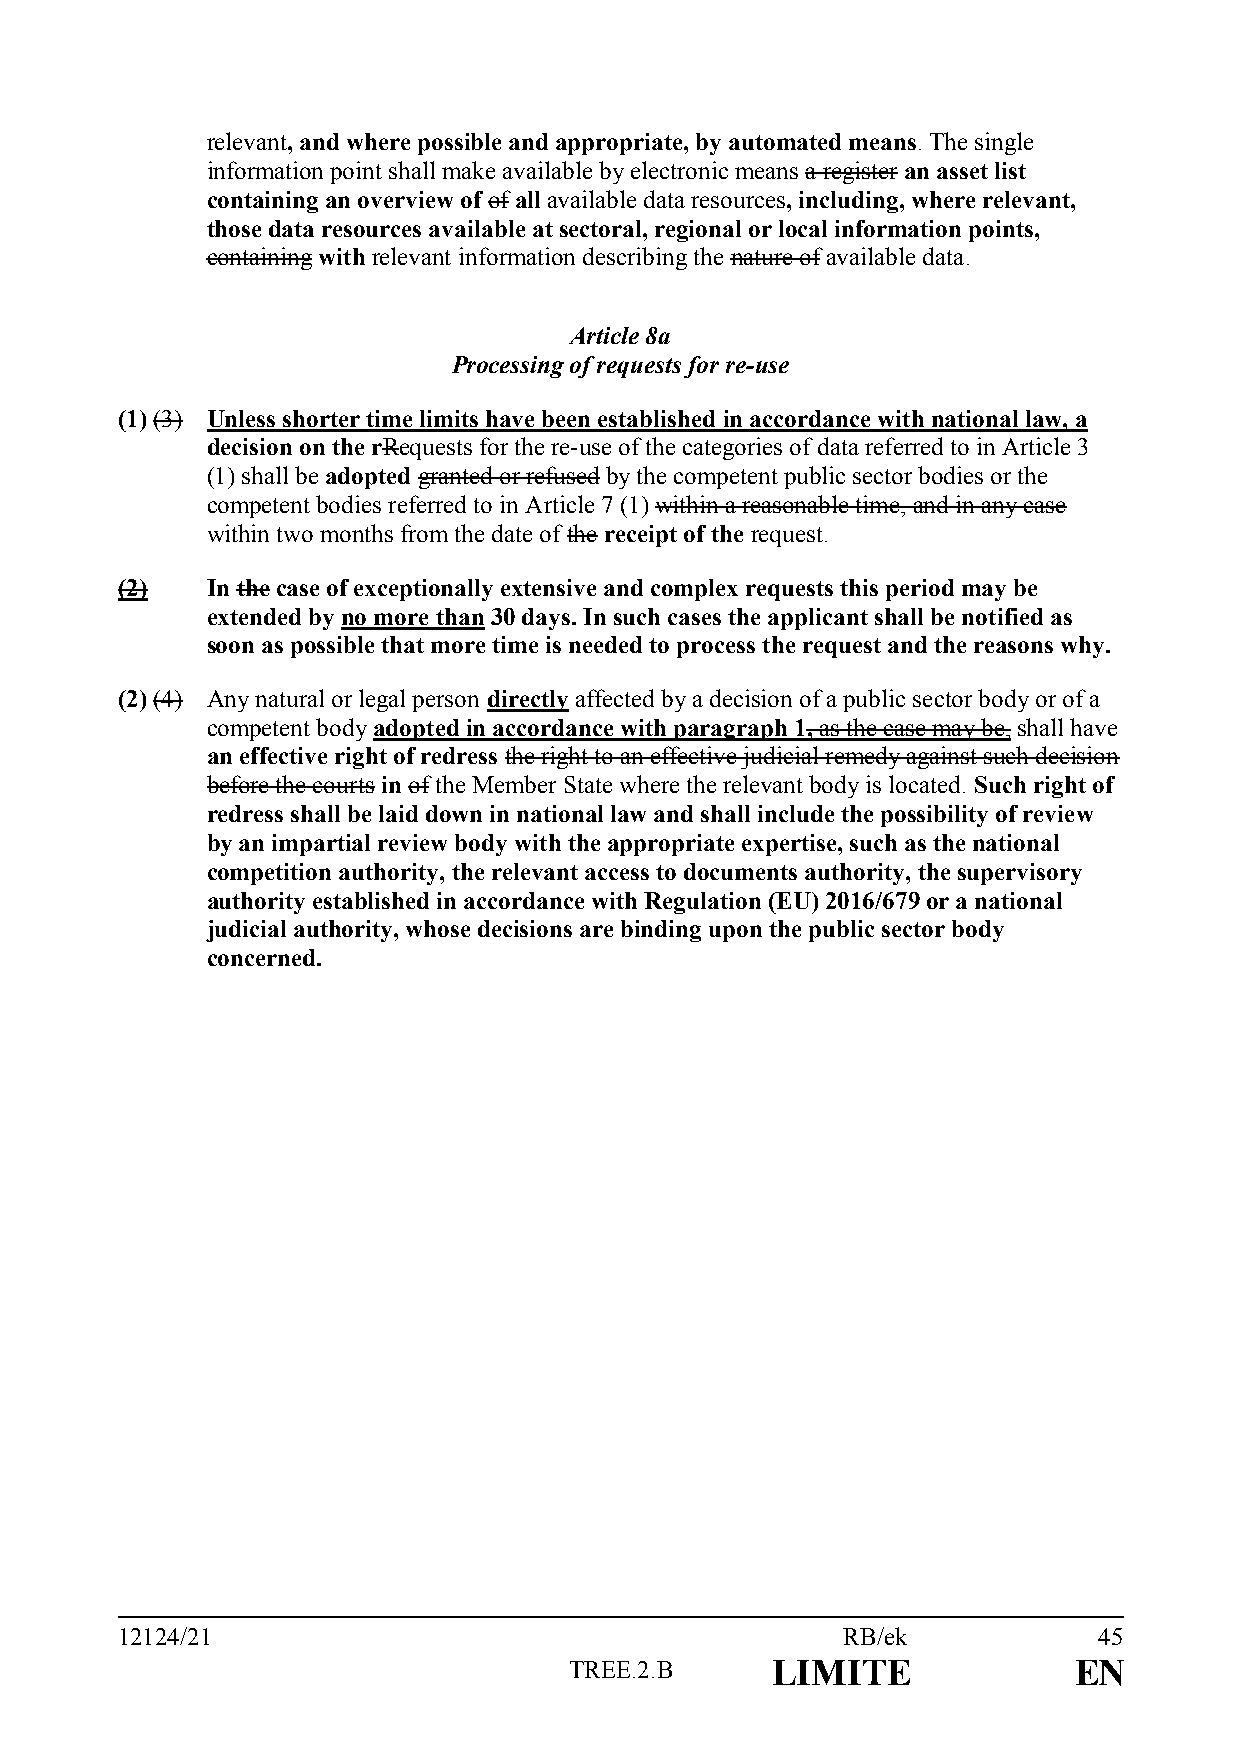
relevant, and where possible and appropriate, by automated means. The single
 information point shall make available by electronic means a register an asset list
 containing an overview of of all available data resources, including, where relevant,
 those data resources available at sectoral, regional or local information points,
 containing with relevant information describing the nature of available data.
 Article 8a
 Processing of requests for re-use
 (1) (3) Unless shorter time limits have been established in accordance with national law, a
 decision on the rRequests for the re-use of the categories of data referred to in Article 3
 (1) shall be adopted granted or refused by the competent public sector bodies or the
 competent bodies referred to in Article 7 (1) within a reasonable time, and in any case
 within two months from the date of the receipt of the request.
 (2)   In the case of exceptionally extensive and complex requests this period may be
 extended by no more than 30 days. In such cases the applicant shall be notified as
 soon as possible that more time is needed to process the request and the reasons why.
 (2) (4) Any natural or legal person directly affected by a decision of a public sector body or of a
 competent body adopted in accordance with paragraph 1, as the case may be, shall have
 an effective right of redress the right to an effective judicial remedy against such decision
 before the courts in of the Member State where the relevant body is located. Such right of
 redress shall be laid down in national law and shall include the possibility of review
 by an impartial review body with the appropriate expertise, such as the national
 competition authority, the relevant access to documents authority, the supervisory
 authority established in accordance with Regulation (EU) 2016/679 or a national
 judicial authority, whose decisions are binding upon the public sector body
 concerned.
 12124/21                                        RB/ek            45
 TREE.2.B     LIMITE              EN